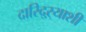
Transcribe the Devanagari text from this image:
दारिद्ऱ्याशी